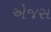
એજસ